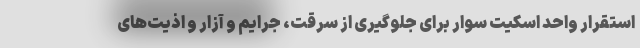
استقرار واحد اسکیت سوار برای جلوگیری از سرقت، جرایم و آزار و اذیت‌های